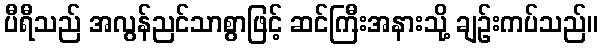
ပီရီသည် အလွန်ညင်သာစွာဖြင့် ဆင်ကြီးအနားသို့ ချဉ်းကပ်သည်။